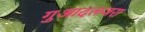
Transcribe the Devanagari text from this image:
गुआदलजरा